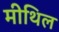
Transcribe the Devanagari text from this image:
मीथिल